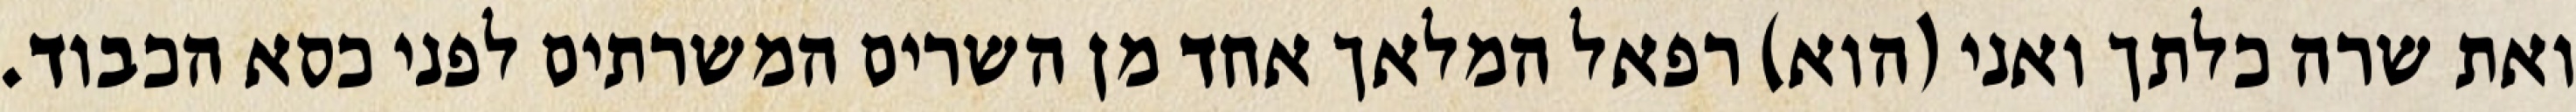
ואת שרה כלתך ואני (הוא) רפאל המלאך אחד מן השרים המשרתים לפני כסא הכבוד.